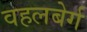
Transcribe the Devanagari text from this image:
वहलबेर्ग